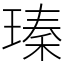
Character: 瑧